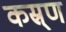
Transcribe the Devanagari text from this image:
कस्र्ण